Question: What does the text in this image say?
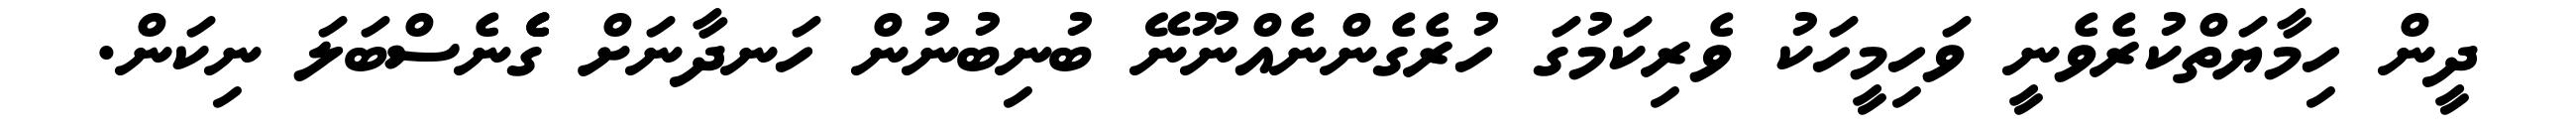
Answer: ދީން ހިމާޔަތްކުރެވެނީ ވަހިމީހަކު ވެރިކަމުގަ ހުރެގެންނެއްނޫނޭ ބުނިބުނުން ހަނދާނަށް ގެެެނެސްބަލަ ނިކަން.